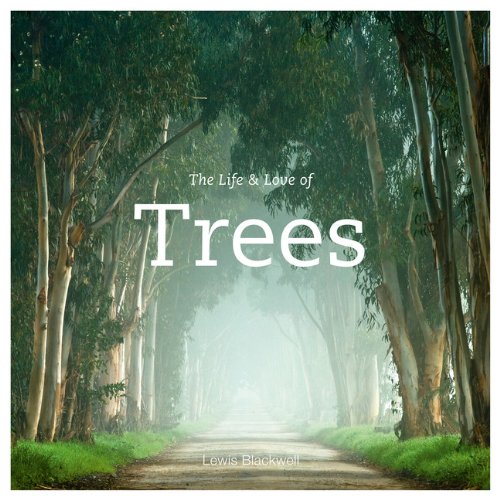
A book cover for The Life and Love of Trees; Lewis Blackwell; Arts & Photography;